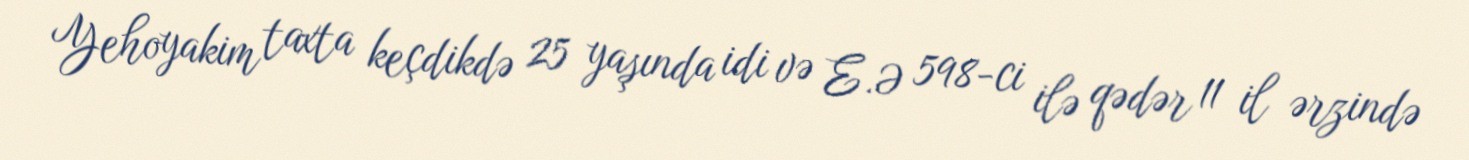
Yehoyakim taxta keçdikdə 25 yaşında idi və E.Ə 598-ci ilə qədər 11 il ərzində